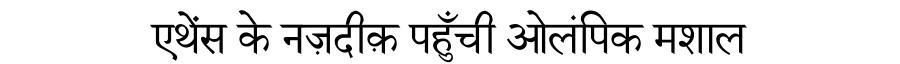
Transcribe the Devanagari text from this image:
एथेंस के नज़दीक़ पहुँची ओलंपिक मशाल